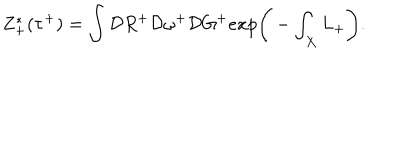
Z _ { + } ^ { * } ( \tau ^ { + } ) = \int { \cal D } R ^ { + } { \cal D } \omega ^ { + } { \cal D } G ^ { + } e x p \Bigg ( - \int _ { X } L _ { + } \Bigg ) .